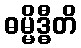
ဓမ္မိဒ္ဓီတိ